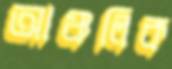
আঞ্চলিক